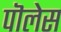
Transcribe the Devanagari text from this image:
पॊलेस